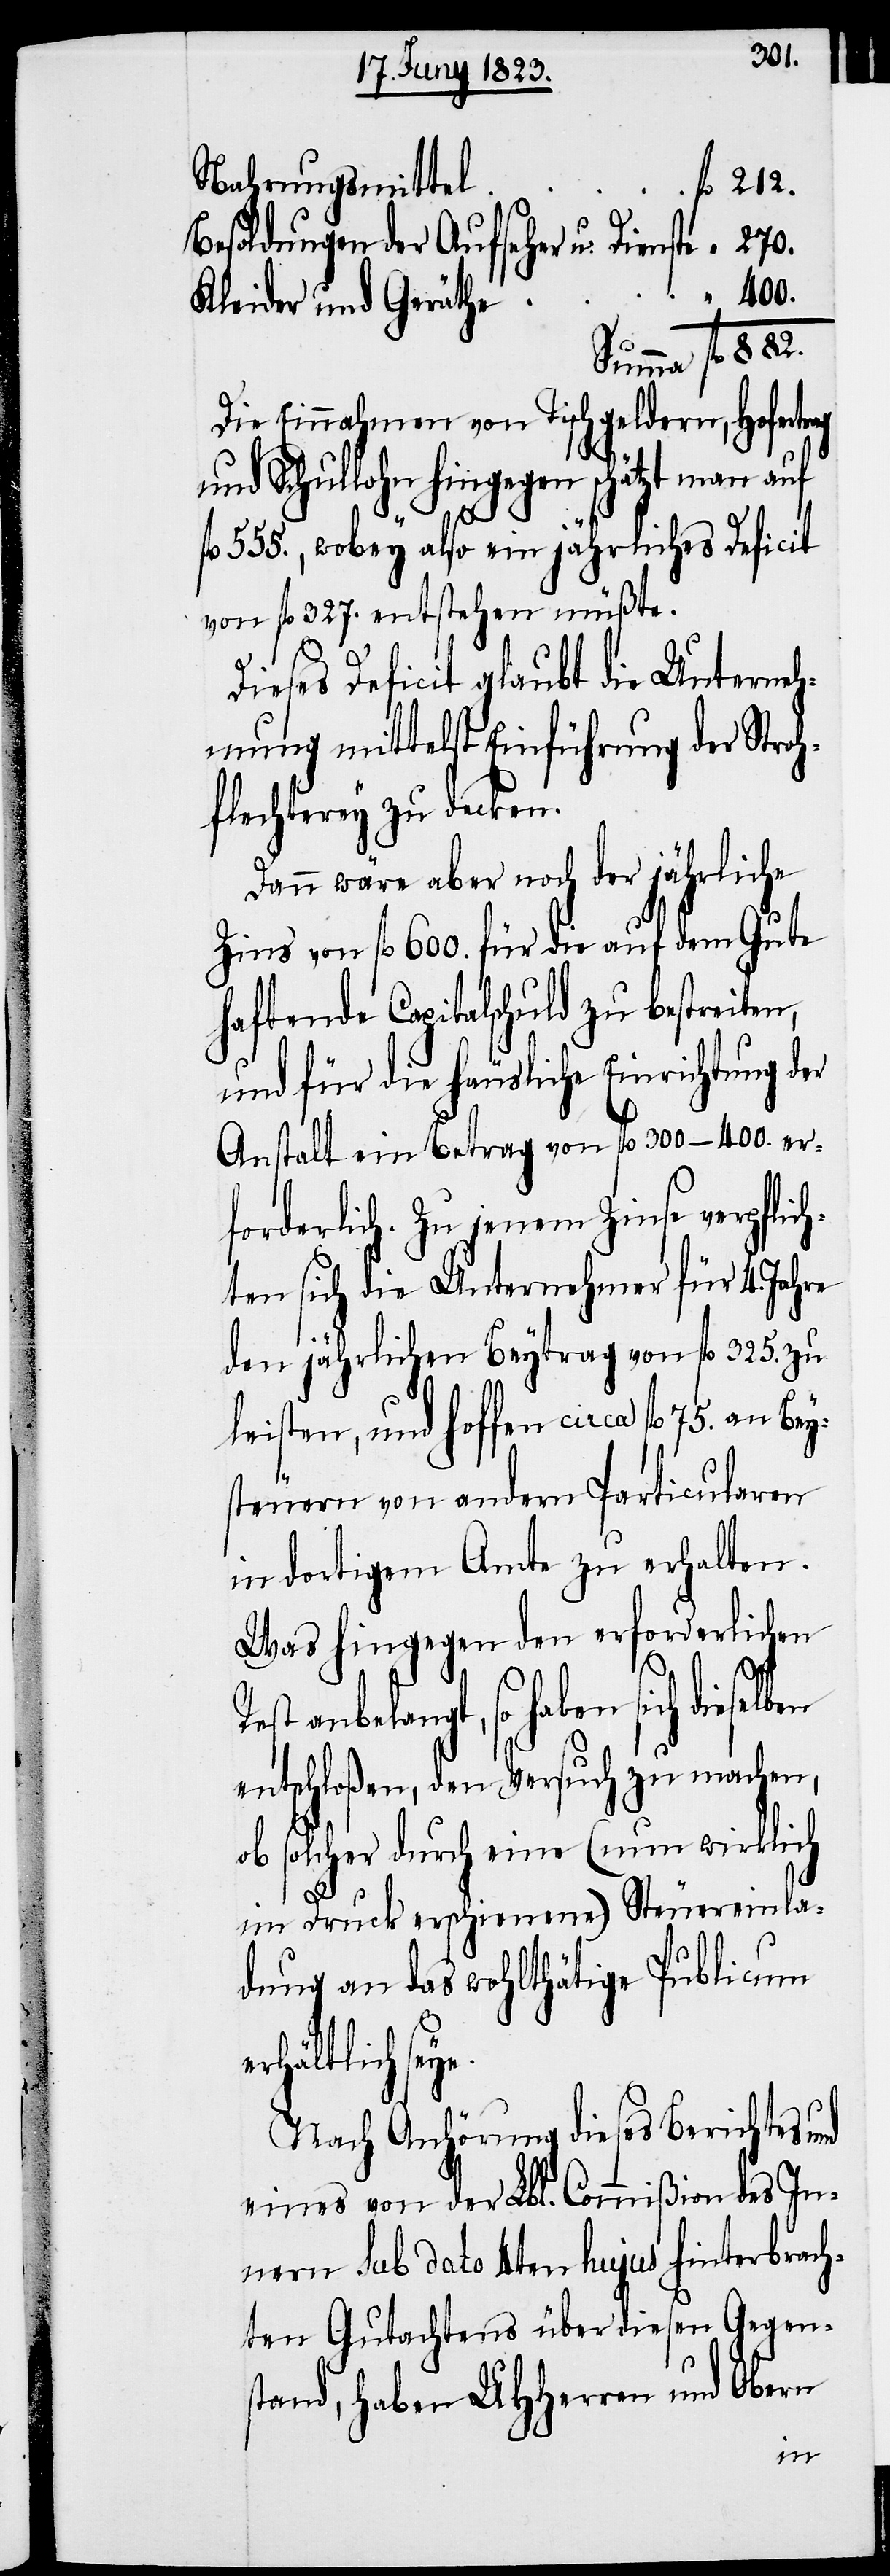
Nahrungsmittel
Besoldungen der Aufseher u. Dienste
400.
Kleider und Geräthe
Die Einnahmen von Tischgeldern, Hofertrag
und Schullohn hingegen schätzt man auf
555., wobey also ein jährliches Deficit
von fl. 327. entstehen müßte.
Dieses Deficit glaubt die Unterneh¬
mung mittelst Einführung der Stroh¬
flechterey zu decken.
Dann wäre aber noch der jährliche
Zins von fl. 600. für die auf dem Gute
haftende Capitalschuld zu bestreiten,
und für die häusliche Einrichtung der
Anstalt ein Betrag von fl. 300–400. er¬
forderlich. Zu jenem Zinse verpflich¬
ten sich die Unternehmer für 4. Jahre
den jährlichen Beytrag von fl. 325. zu
leisten, und hoffen circa fl. 75.
steuern von andern Particularen
in dortigem Amte zu erhalten.
Was hingegen den erforderlichen
belangt, so haben sich dieselb¬
entschloßen, den Versuch zu machen,
ob solcher durch eine (nun wirklich
im Druck erschienene) Steuereinla¬
dung an das wohlthätige Publicum
erhältlich sey¬
Nach Anhörung dieses Berichtes und
eines von der Lbl. Commißion des In¬
nern sub dato 4ten hujus hinterbrach¬
ten Gutachtens über diesen Gegen¬
stand, haben UHHerren und Obern
e.